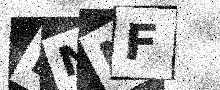
Text: BNNF